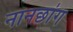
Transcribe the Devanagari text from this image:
नानछांग